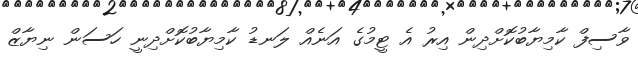
ވާސިފް ކާމިޔާބުކޮށްދިން އިރު އެ ޓީމުގެ އަނެއް ލަނޑު ކާމިޔާބުކޮށްދިނީ ހަސަން ނިޔާޒް